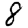
Digit: 8